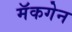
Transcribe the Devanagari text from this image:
मॅकगेन